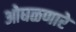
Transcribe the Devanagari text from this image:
ओघळणारे